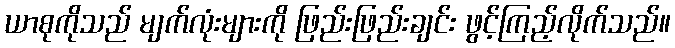
ယာစုကိုသည် မျက်လုံးများကို ဖြည်းဖြည်းချင်း ဖွင့်ကြည့်လိုက်သည်။